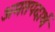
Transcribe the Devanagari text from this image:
अमतपदार्थ